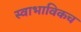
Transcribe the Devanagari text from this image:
स्‍वाभाविकच